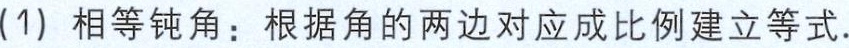
(1) 相等钝角：根据角的两边对应成比例建立等式.